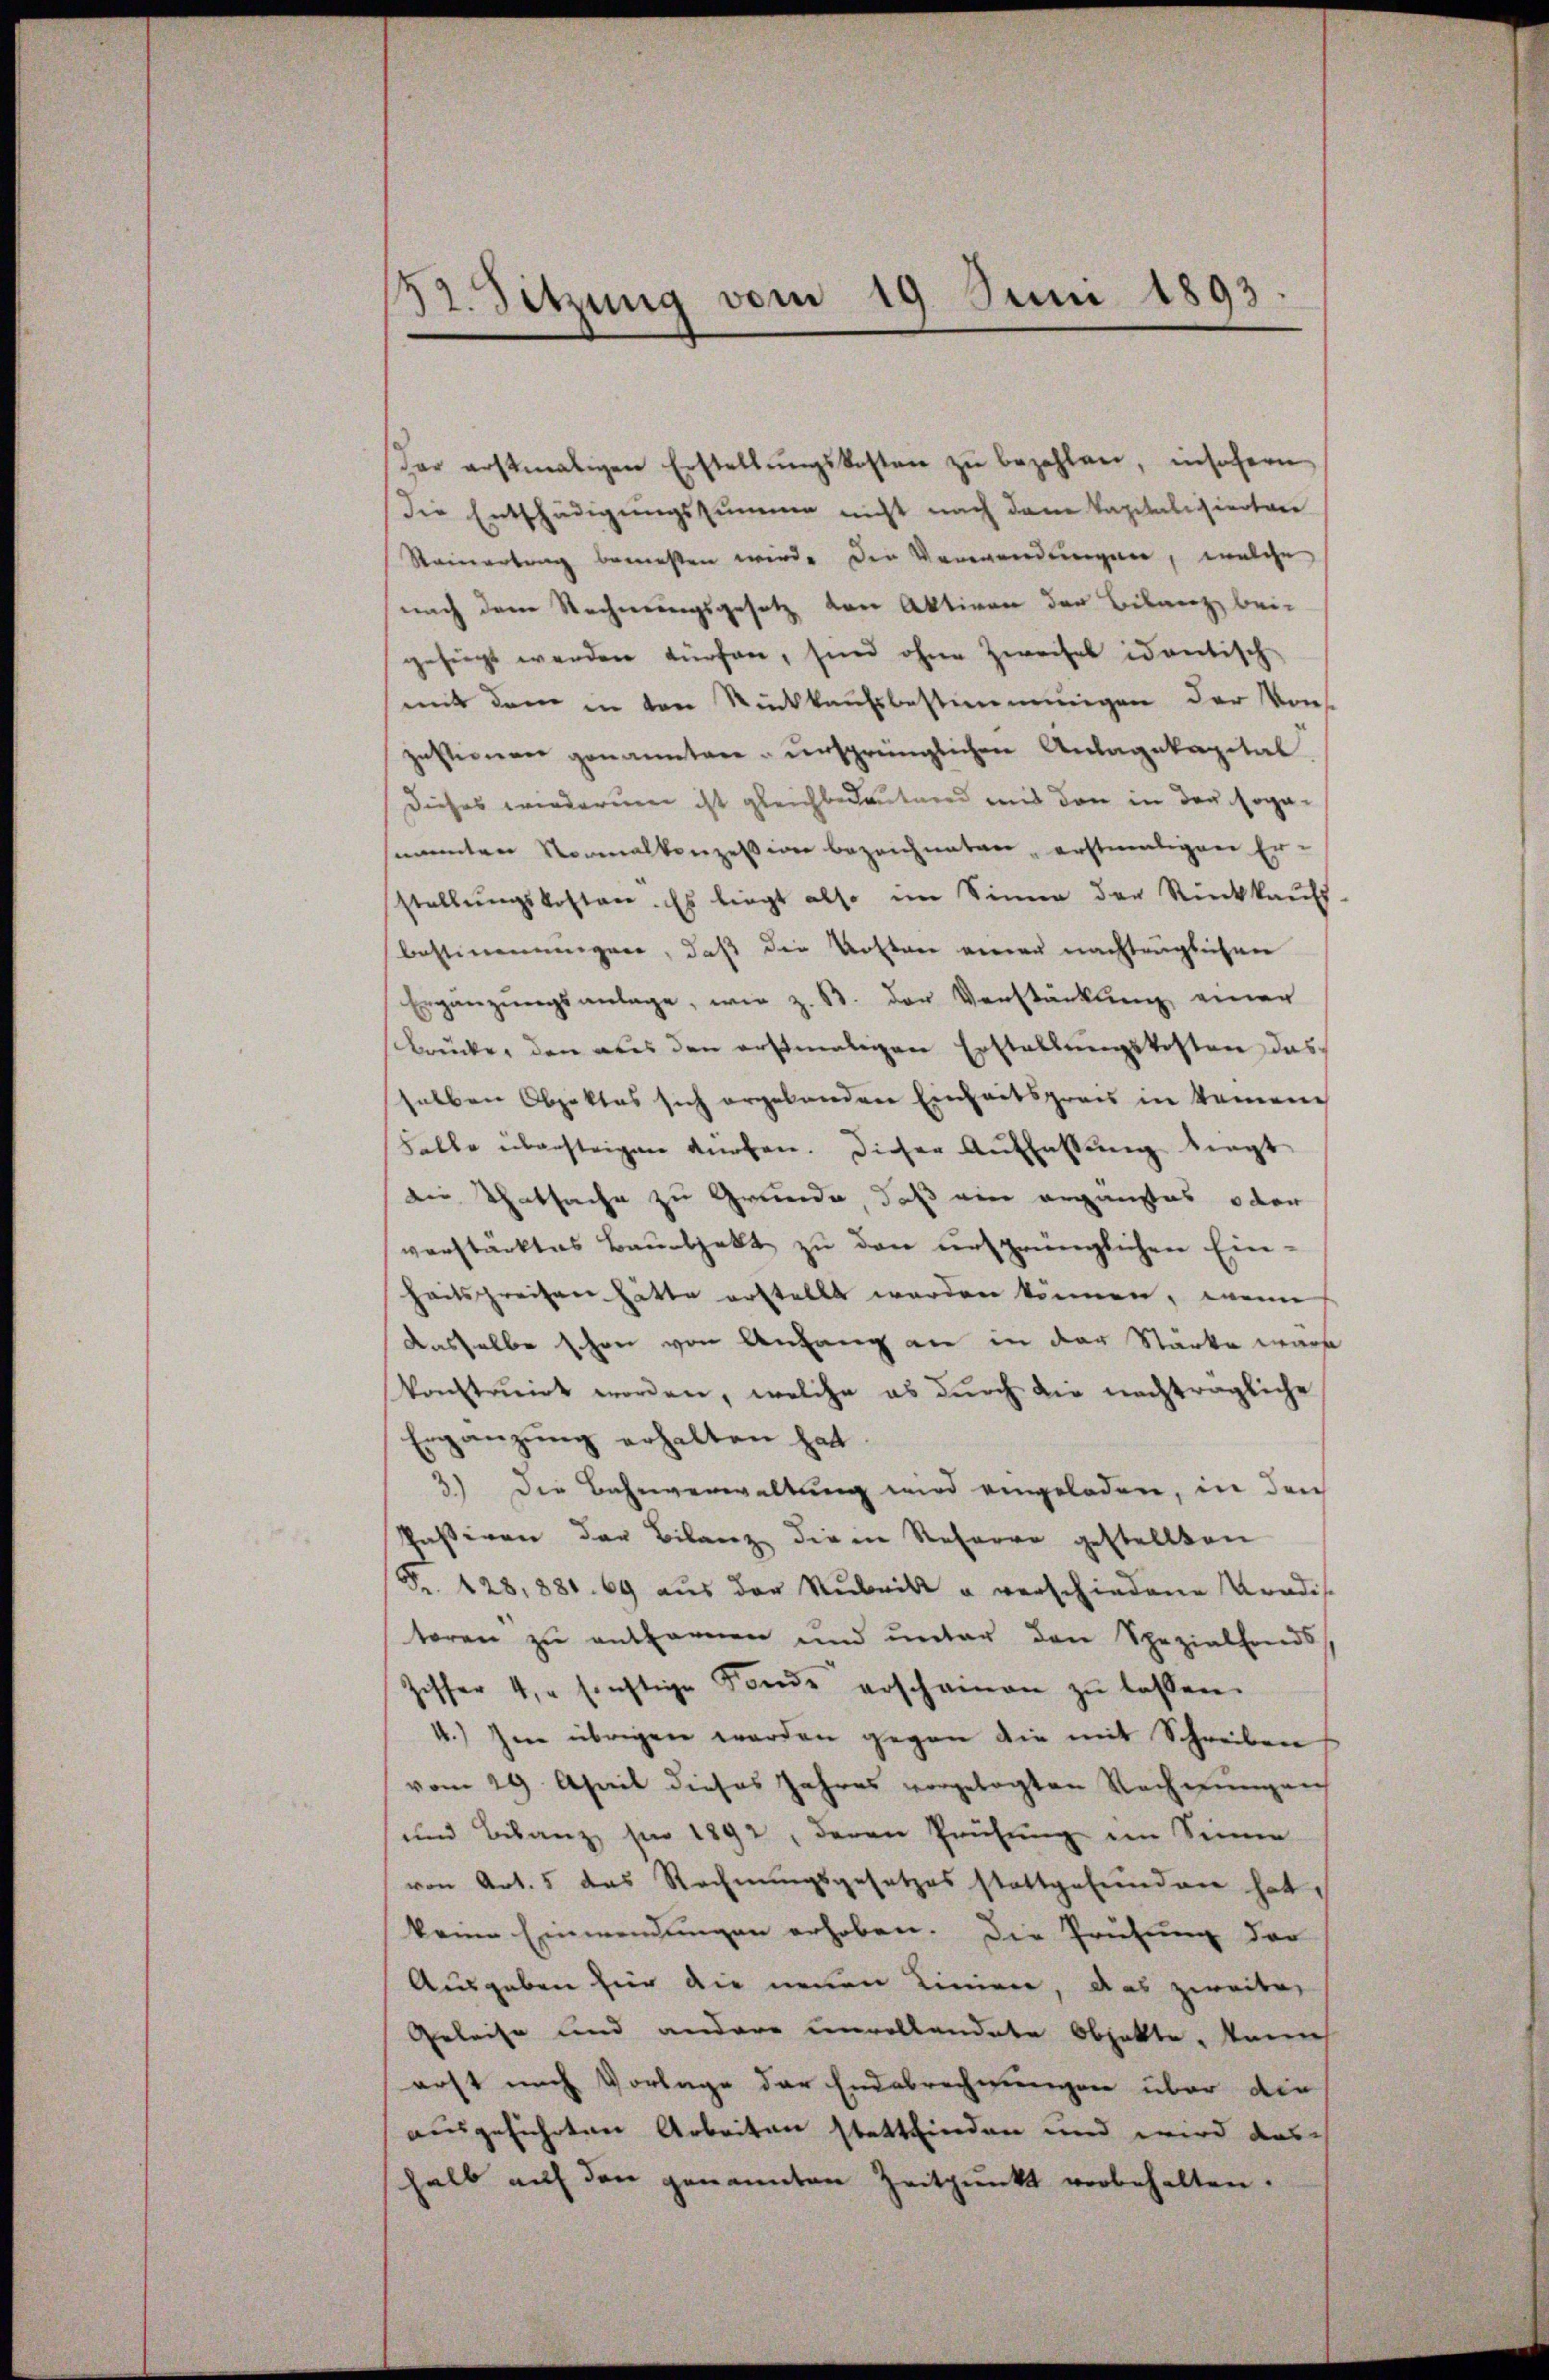
52. Sitzung vom 19. Juni 1893.

Der erstmaligen Erstellŭngskosten zŭ bezahlen, insofern
Die Entschädigungssumme nicht nach den Kapitalisierten
Stainertrag bemessen wird. Den Verwendungen, welche
nach dem Rechnungsgesetz den Aktiven der Bilanz bei-
gefügt werden dürfen, sind ohne Zweifel identisch
mit dem in den Rückkaufsbestimmungen der Von
zustimmen genanntere ursprünglichen Anlagekapital
Dieses wiederum ist gleichbedeutend mit den in der Ergasnannten Normalkonzession bezeichneten erstmaligere Er-
stellŭngskosten. Es liegt also im Sinne der Rückkaufs
bestimmungen, daß die Kosten einer nachträglichen
Ergänzŭngsanlage, wie z. B. der Verstänkung einen
brücke, den aus den erstmaligen Erstellŭngskosten das
selben Objektes sich ergebendene Einheitsgrais in kamen
Falle übersteigen dürfen. Dieser Auffassung liegt
die Thatsache zu Grunde, daß ein erganges oder
verstärktes Baŭbjekt zŭ den ursprünglichen Einheitspreisen hätte erstellt worden können, wenn
dasselbe schon von Anfang an in der Stärke warte
konstruirt worden, welche es durch die nachträgliche
Ergänzung erhalten hat.
3) Die Bahnverwaltung wird eingeladen, in den
Paßiven der Bilanz die in Reharre gestellten
Fr. 428, 880. 69 aŭs der Rubrikt u verschiedene Kradis
toren zu entfernen und unter den Spezialfonds
Ziffer 4, sonstige Fonde erscheinen zŭ lassen.
4.) Im übrigen worden gegen die mit Schreiben
vom 29. April dieses Jahres vorgelegten Rechnungen
und Bilanz, sie 1892, deren Prüfung ein Seinen
von Art. 5 das Rechnungsgesetzes stattgefunden hat.
keine Einwendungen erhoben. Die Prüfung der
Ausgaben für die neuen Linien, das zweite,
Geleise und andere unvollendete Objekte, kanns
erst nach Vorlage der Endebrechnungen über die
ausgeführten Arbeiten stattfinden und wird das
halb auf den genannten Zeitpunkt vorbehalten.